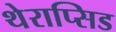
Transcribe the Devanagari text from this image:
थेराप्सिड